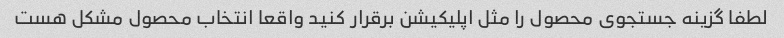
لطفا گزینه جستجوی محصول را مثل اپلیکیشن برقرار کنید واقعا انتخاب محصول مشکل هست